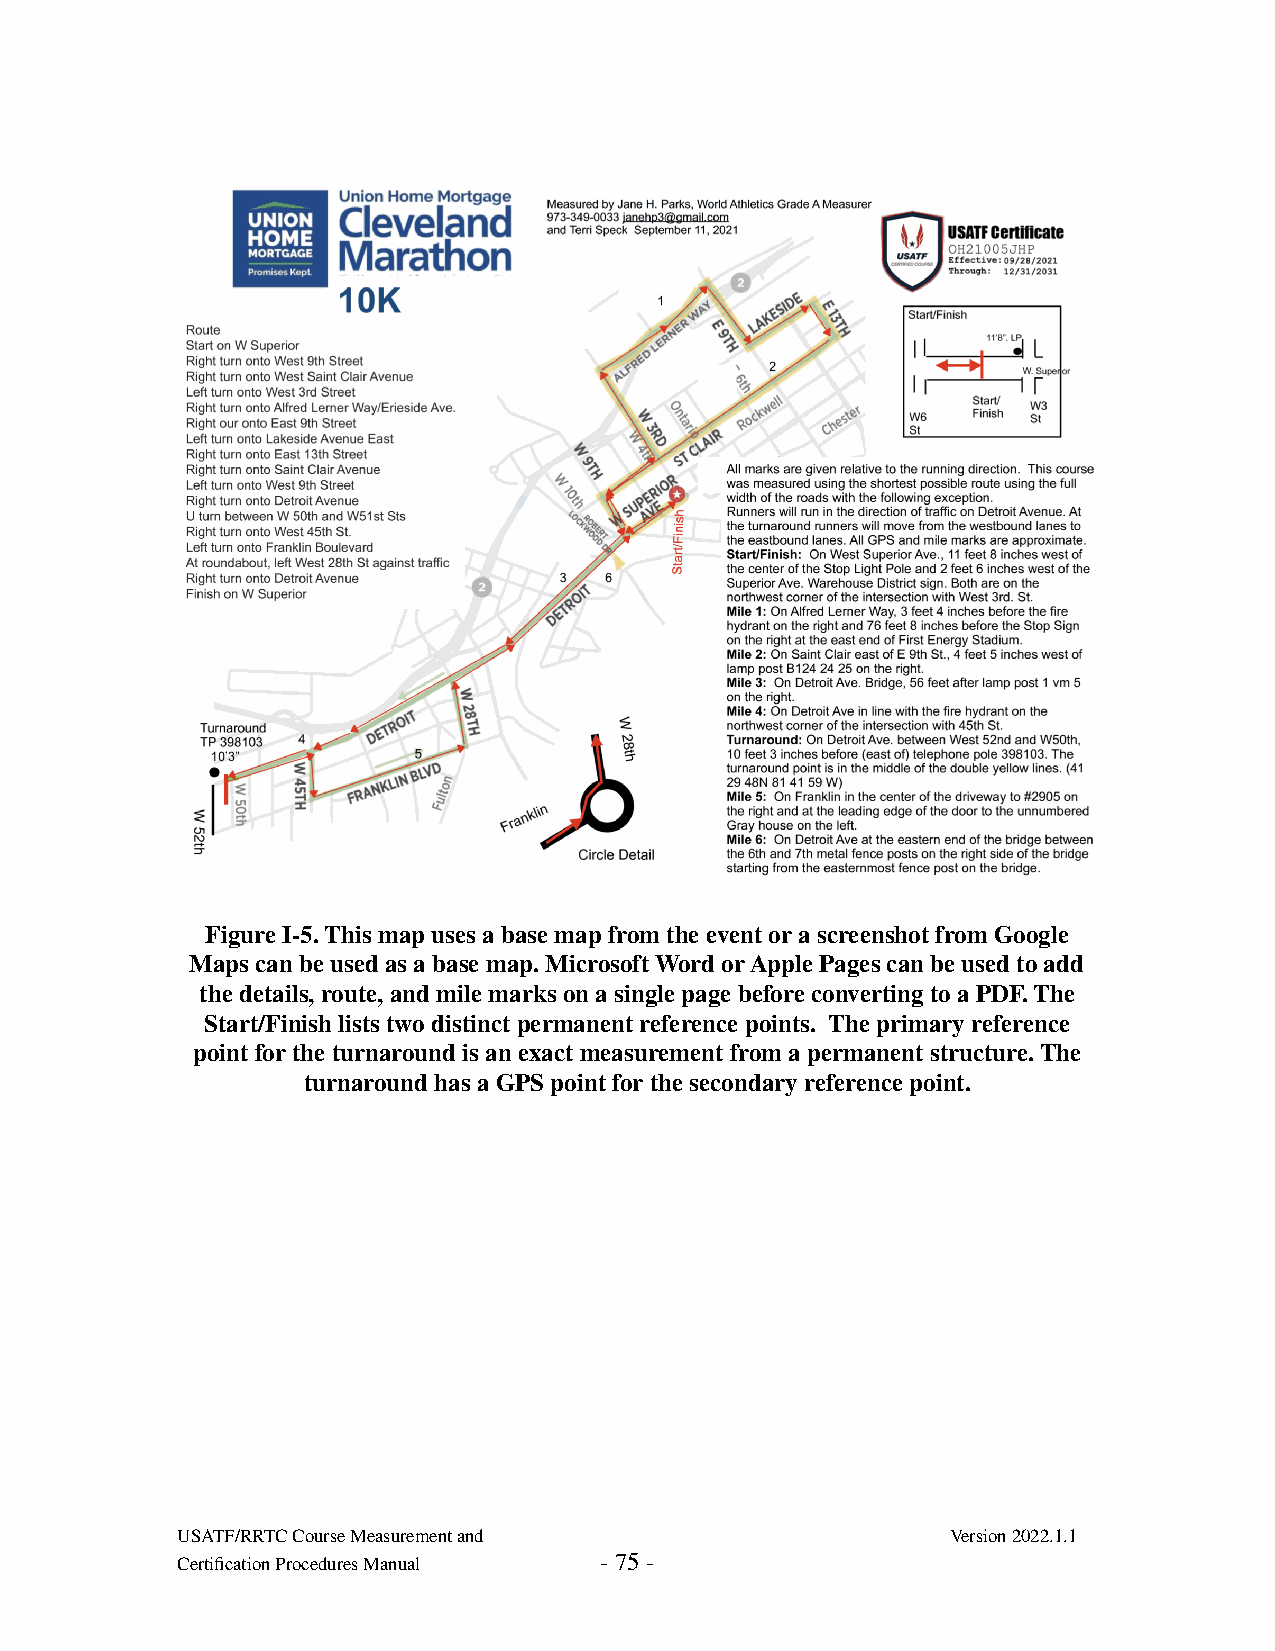
Figure I-5. This map uses a base map from the event or a screenshot from Google
 Maps can be used as a base map. Microsoft Word or Apple Pages can be used to add
 the details, route, and mile marks on a single page before converting to a PDF. The
 Start/Finish lists two distinct permanent reference points. The primary reference
 point for the turnaround is an exact measurement from a permanent structure. The
 turnaround has a GPS point for the secondary reference point.
 USATF/RRTC Course Measurement and                  Version 2022.1.1
 Certification Procedures Manual - 75 -